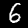
Digit: 6